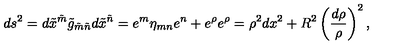
d s ^ { 2 } = d \tilde { x } ^ { \tilde { m } } \tilde { g } _ { \tilde { m } \tilde { n } } d \tilde { x } ^ { \tilde { n } } = e ^ { m } \eta _ { m n } e ^ { n } + e ^ { \rho } e ^ { \rho } = \rho ^ { 2 } d x ^ { 2 } + R ^ { 2 } \left( \frac { d \rho } \rho \right) ^ { 2 } ,